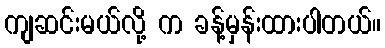
ကျဆင်းမယ်လို့ က ခန့်မှန်းထားပါတယ်။